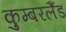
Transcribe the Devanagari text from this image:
कुम्बरलैंड